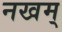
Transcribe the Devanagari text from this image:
नखम्